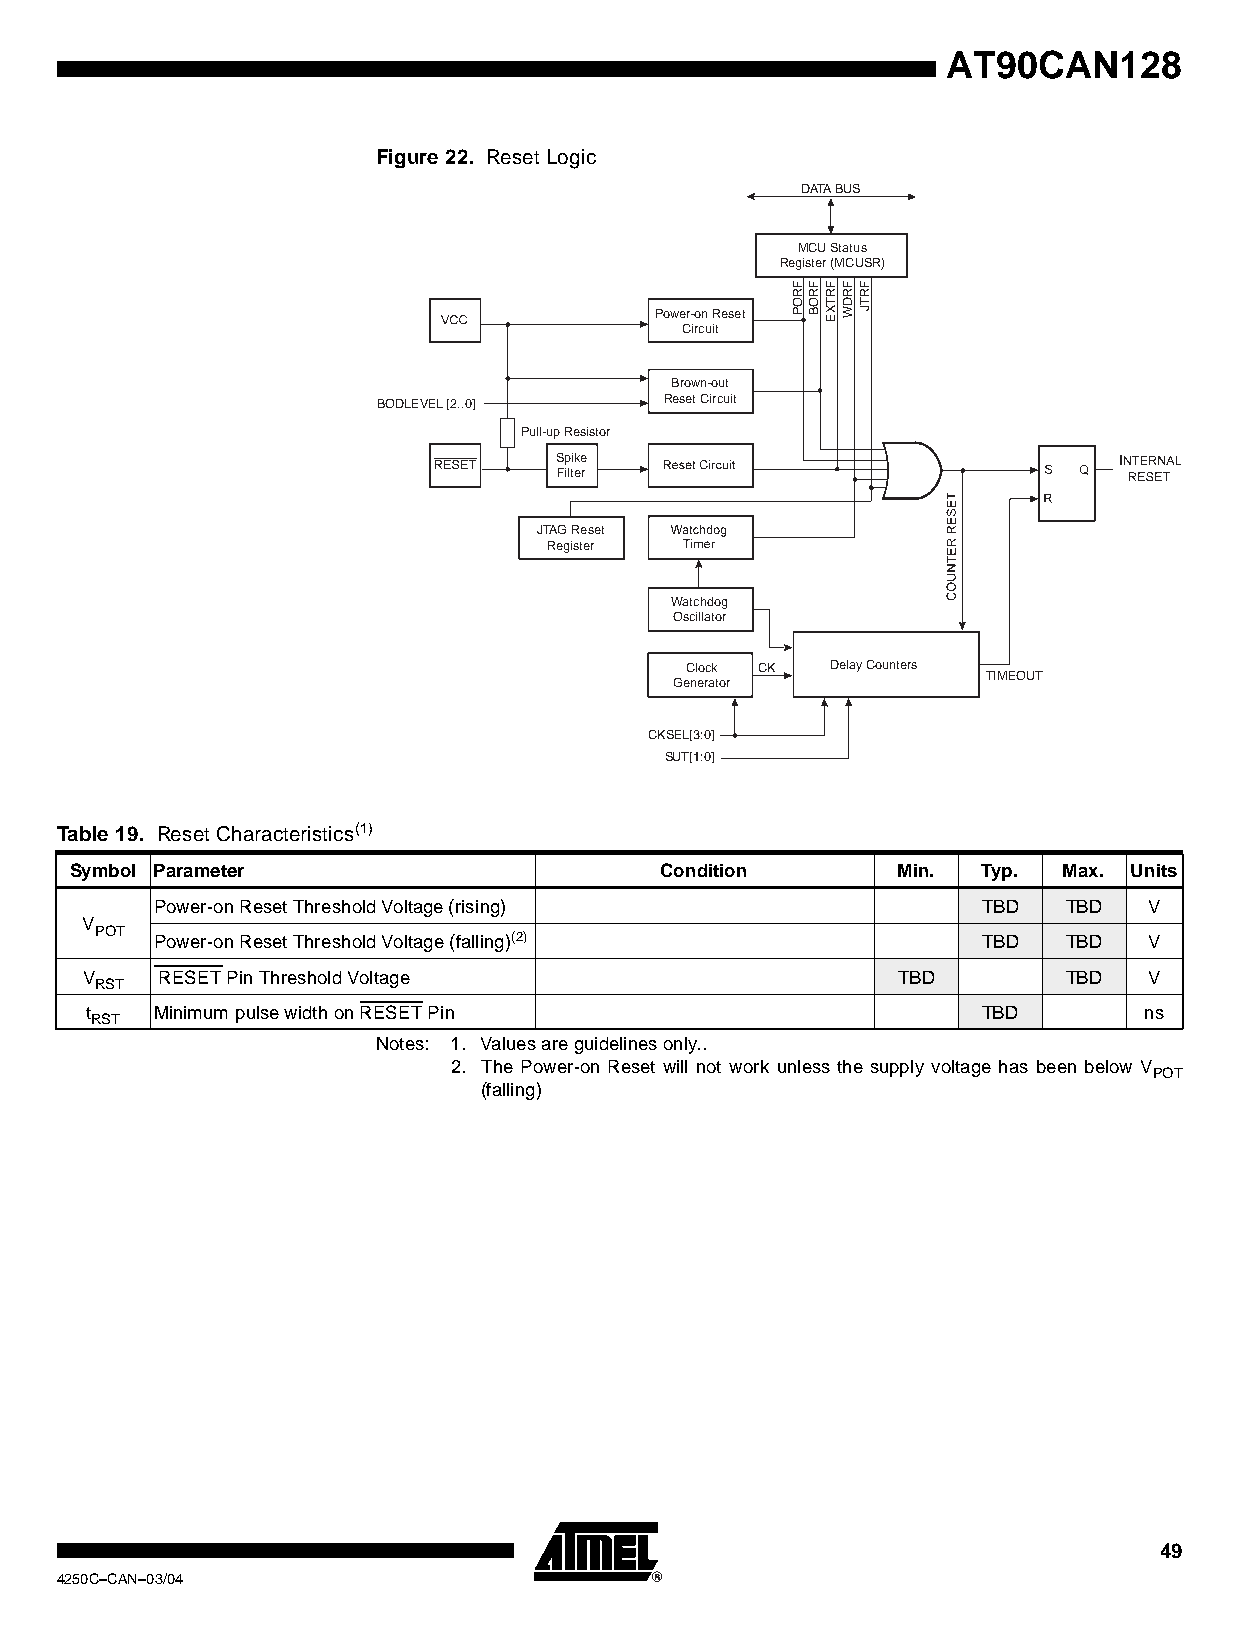
AT90CAN128
 Figure 22. Reset Logic
 DATA BUS
 MCU Status
 Register (MCUSR)
 Power-on Reset
 Circuit
 Brown-out
 BODLEVEL [2..0]    Reset Circuit
 Pull-up Resistor
 Spike
 Filter
 JTAG Reset
 Register
 Watchdog
 Oscillator
 Clock CK  Delay Counters
 TIMEOUT
 Generator
 CKSEL[3:0]
 SUT[1:0]
 Table 19. Reset Characteristics(1)
 Symbol Parameter                       Condition      Min.  Typ. Max. Units
 Power-on Reset Threshold Voltage (rising)              TBD   TBD  V
 V
 POT Power-on Reset Threshold Voltage (falling)(2)          TBD   TBD  V
 V     RESET Pin Threshold Voltage                     TBD         TBD  V
 RST
 t   Minimum pulse width on RESET Pin                       TBD        ns
 RST
 Notes: 1. Values are guidelines only..
 2. The Power-on Reset will not work unless the supply voltage has been below V
 POT
 (falling)
 49
 4250C–CAN–03/04
 FROP FROB FRTXE FRDW FRTJ